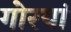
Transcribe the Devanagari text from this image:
गोरयां